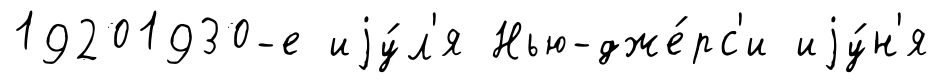
19201930-е иjу́л'я Нью-дже́рс'и иjу́н'я